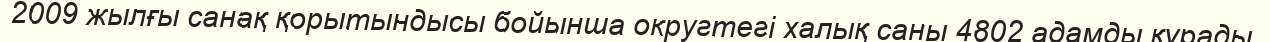
2009 жылғы санақ қорытындысы бойынша округтегі халық саны 4802 адамды құрады.